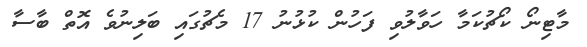
މާޓިނޯ ކޯޗުކަމާ ހަވާލުވި ފަހުން ކުޅުނު 17 މެޗުގައި ބަލިނުވެ އޮތް ބާސާ